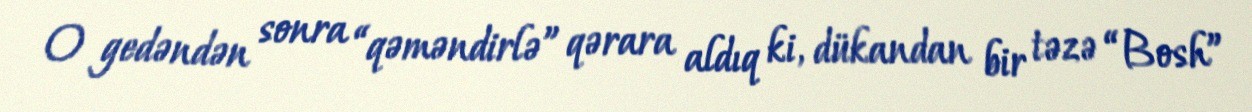
O gedəndən sonra “qəməndirlə” qərara aldıq ki, dükandan bir təzə “Bosh”